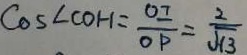
\cos \angle C O H = \frac { O I } { O P } = \frac { 2 } { \sqrt { 1 3 } }